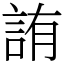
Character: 詴